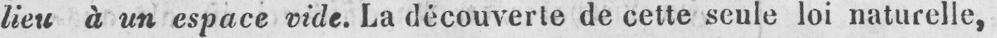
lieu à un espace vide. La découverte de cette seule loi naturelle,